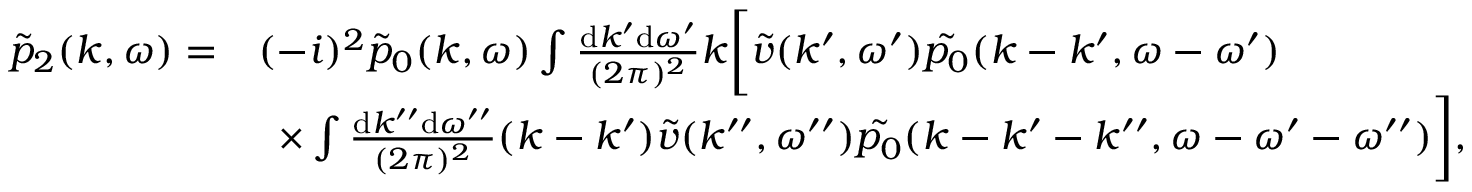
\begin{array} { r l } { \tilde { p } _ { 2 } ( k , \omega ) = } & { ( - i ) ^ { 2 } \tilde { p } _ { 0 } ( k , \omega ) \int \frac { \mathrm { d } k ^ { \prime } \mathrm { d } \omega ^ { \prime } } { ( 2 \pi ) ^ { 2 } } k \bigg [ \tilde { v } ( k ^ { \prime } , \omega ^ { \prime } ) \tilde { p _ { 0 } } ( k - k ^ { \prime } , \omega - \omega ^ { \prime } ) } \\ & { \, \, \, \times \int \frac { \mathrm { d } k ^ { \prime \prime } \mathrm { d } \omega ^ { \prime \prime } } { ( 2 \pi ) ^ { 2 } } ( k - k ^ { \prime } ) \tilde { v } ( k ^ { \prime \prime } , \omega ^ { \prime \prime } ) \tilde { p _ { 0 } } ( k - k ^ { \prime } - k ^ { \prime \prime } , \omega - \omega ^ { \prime } - \omega ^ { \prime \prime } ) \bigg ] , } \end{array}